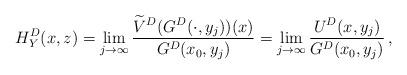
LaTeX: \begin{align*}H^D_Y(x,z)=\lim_{j\to \infty} \frac{\widetilde V^D(G^D(\cdot, y_j))(x)}{G^D(x_0, y_j)}=\lim_{j\to \infty} \frac{U^D(x,y_j)}{G^D(x_0, y_j)}\, ,\end{align*}